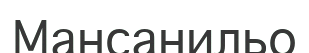
Мансанильо